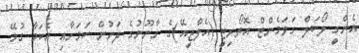
އެންގީ ލޯކަލް ގަވަމެންޓް އޮތޯރިޓީ (އެލްޖީއޭ)ގެ ގާނޫނުގެ ދަށުން ކަމަށާއި އެކަމާ ގުޅޭ